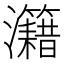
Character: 𤅔